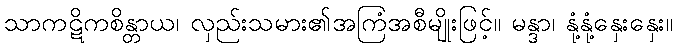
သာကဋိကစိန္တာယ၊ လှည်းသမား၏အကြံအစီမျိုးဖြင့်။ မန္ဒာ၊ နုံ့နုံ့နှေးနှေး။